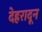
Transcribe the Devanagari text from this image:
देह्ररादून